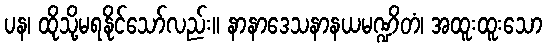
ပန၊ ထိုသို့မရနိုင်သော်လည်း။ နာနာဒေသနာနယမဏ္ဍိတံ၊ အထူးထူးသော